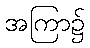
အကြာ၌